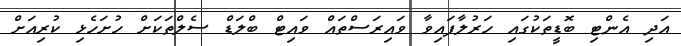
އަދި އެންޓި ބޮޑީތަކުގައި ހަރުލާފައިވާ ވައިރަސްތައް ވައިޓް ބްލަޑް ސެލްތަކަށް ހުށަހެޅި ކުރިއަށް